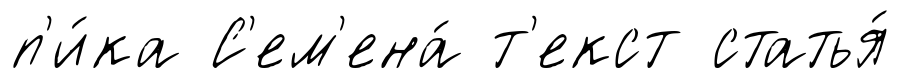
п'и́ка С'ем'ена́ т'екст статья́